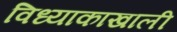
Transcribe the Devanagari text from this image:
विध्याकाखाली